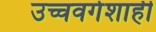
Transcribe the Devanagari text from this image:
उच्चवर्गशाही